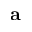
\textbf { a }